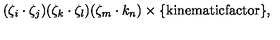
( \zeta _ { i } \cdot \zeta _ { j } ) ( \zeta _ { k } \cdot \zeta _ { l } ) ( \zeta _ { m } \cdot k _ { n } ) \times \{ \mathrm { k i n e m a t i c f a c t o r } \} ,